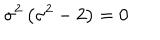
LaTeX: \sigma ^ { 2 } \left( \sigma ^ { 2 } - 2 \right) = 0